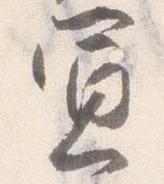
憲